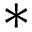
*